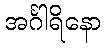
အင်္ဂါရိနော